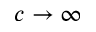
c \to \infty